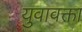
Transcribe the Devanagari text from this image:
युवावक्ता